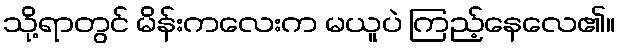
သို့ရာတွင် မိန်းကလေးက မယူပဲ ကြည့်နေလေ၏။